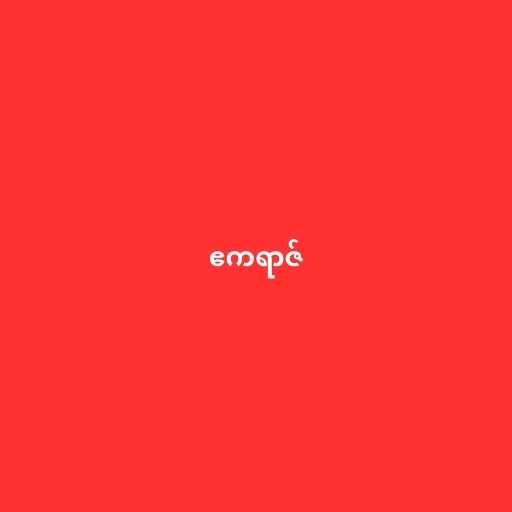
ဧကရာဇ်